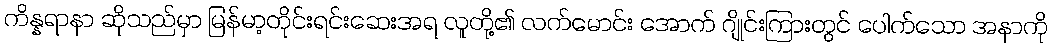
ကိန္နရာနာ ဆိုသည်မှာ မြန်မာ့တိုင်းရင်းဆေးအရ လူတို့၏ လက်မောင်း အောက် ဂျိုင်းကြားတွင် ပေါက်သော အနာကို